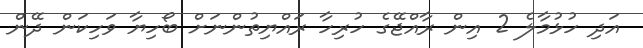
އަދި ހުޅުމާލެ 2 އިން ރާއްޖޭގެ ހުރިހާ ރައްޔިތުންނަށް ބޯހިޔާ ވަހިކަން ދޭން